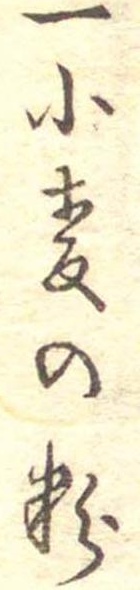
一小麦の粉